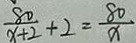
\frac { 8 0 } { x + 2 } + 2 = \frac { 8 0 } { x }